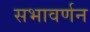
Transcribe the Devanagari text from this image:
सभावर्णन